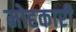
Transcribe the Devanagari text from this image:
मोहकारी